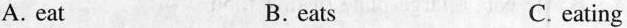
A. eat B.eats C. eating